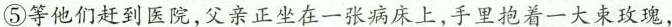
⑤等他们赶到医院,父亲正坐在一张病床上,手里抱着一大束玫瑰，